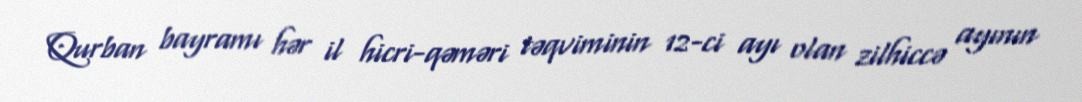
Qurban bayramı hər il hicri-qəməri təqviminin 12-ci ayı olan zilhiccə ayının